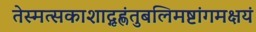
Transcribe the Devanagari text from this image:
तेस्मत्सकाशाद्गृह्णंतुबलिमष्टांगमक्षयं